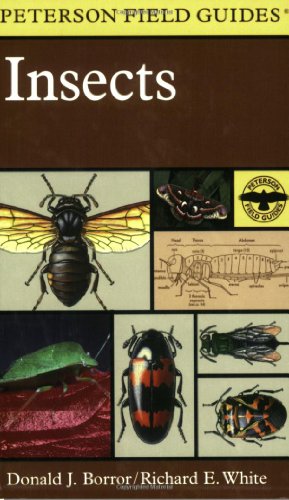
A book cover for A Field Guide to Insects: America North of Mexico; Donald J. Borror; Science & Math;